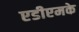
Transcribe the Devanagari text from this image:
एडीएमके